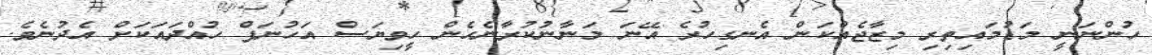
ހުންނަނީ މަޑުމައިތިރި މިޒާޖެއްކަން އެނގިހުރެ އޭނަ މަނާނުކުރާނެހެން ހީވިޔަސް އަހުނަފް ހުއްދައަކަށް އެދުނެވެ.